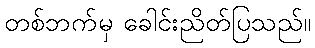
တစ်ဘက်မှ ခေါင်းညိတ်ပြသည်။